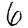
Digit: 6